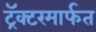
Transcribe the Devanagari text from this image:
ट्रॅक्टरमार्फत